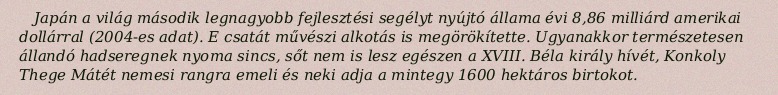
Japán a világ második legnagyobb fejlesztési segélyt nyújtó állama évi 8,86 milliárd amerikai dollárral (2004-es adat). E csatát művészi alkotás is megörökítette. Ugyanakkor természetesen állandó hadseregnek nyoma sincs, sőt nem is lesz egészen a XVIII. Béla király hívét, Konkoly Thege Mátét nemesi rangra emeli és neki adja a mintegy 1600 hektáros birtokot.